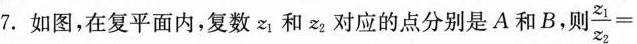
7.如图，在复平面内，复数z：和≈对应的点分别是A和B，则 $$\frac{ z _ { 1 } }{ z _ { 2 } } =$$